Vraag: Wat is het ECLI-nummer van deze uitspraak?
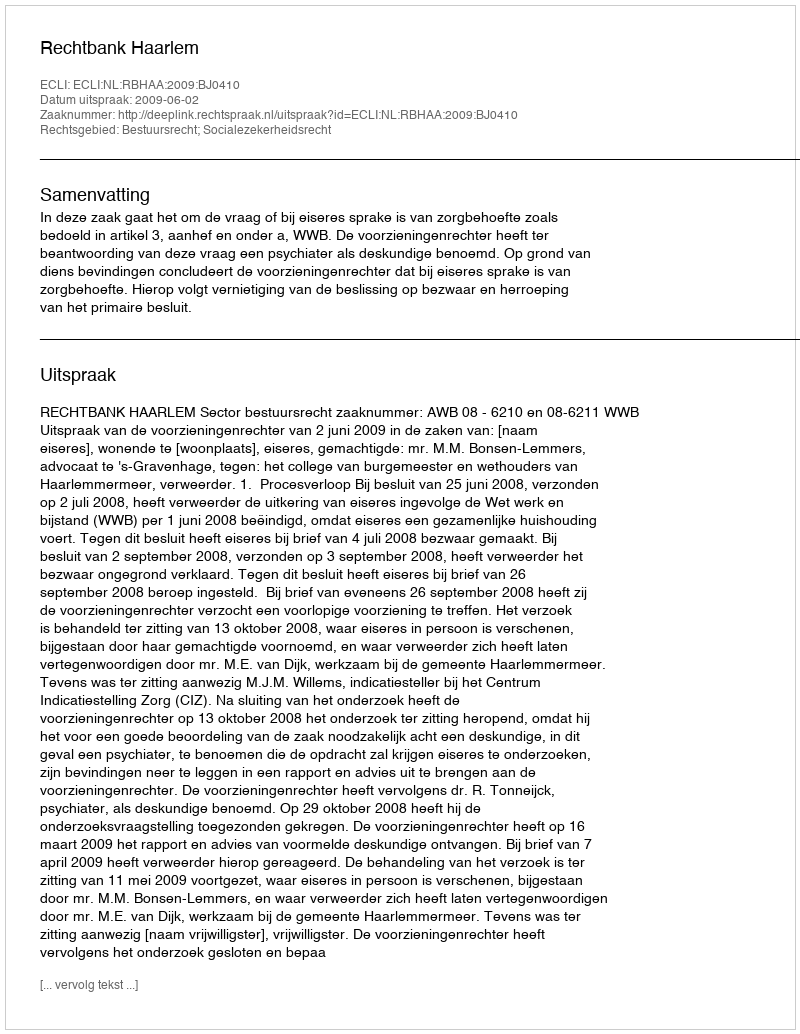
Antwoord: ECLI:NL:RBHAA:2009:BJ0410